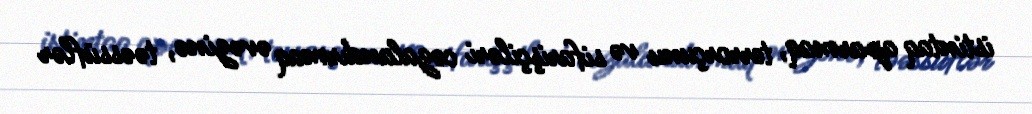
istintaq aparmaq, terrorçunu və sifarişçiləri cəzalandırmaq əvəzinə, təəssüflər